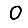
Digit: 0